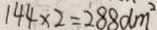
1 4 4 \times 2 = 2 8 8 d m ^ { 2 }